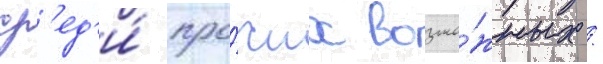
ср'ед'и́ про́чих возмо́жных /